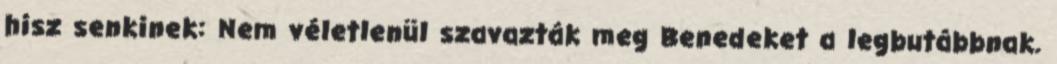
hisz senkinek: Nem véletlenül szavazták meg Benedeket a legbutábbnak.